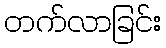
တက်လာခြင်း